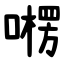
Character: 㘄